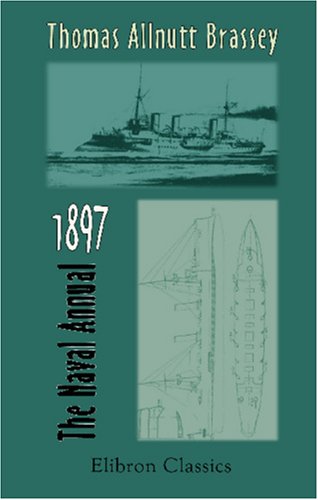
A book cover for The Naval Annual, 1897; Thomas Alnutt Brassey; Engineering & Transportation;